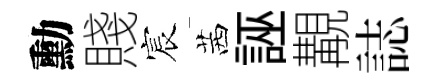
勳賤宸茜誣覯誌